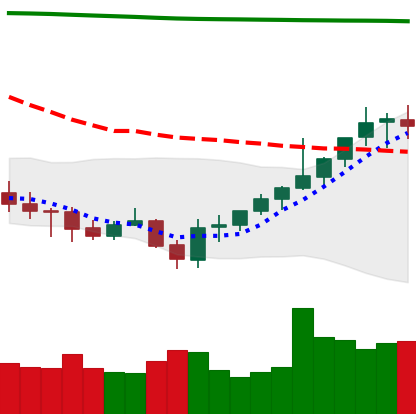
Ticker: XMR-USD
Chart end date: 2021-07-31
Forward return: 5.284%
Label: up_5_7